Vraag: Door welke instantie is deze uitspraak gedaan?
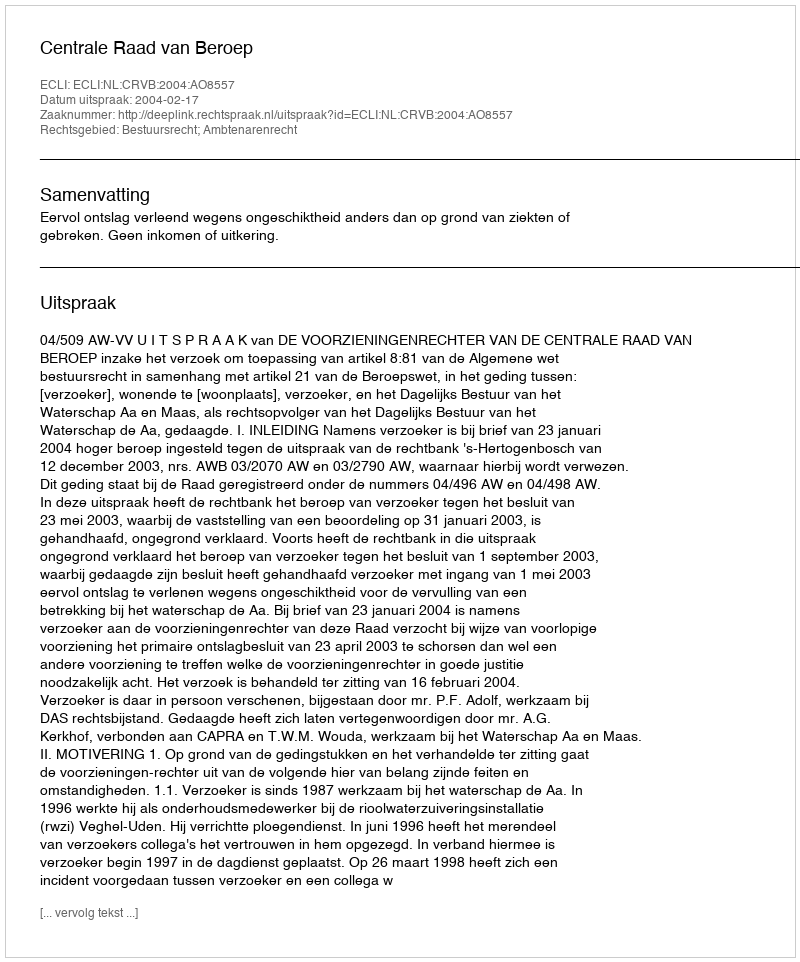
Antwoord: Centrale Raad van Beroep